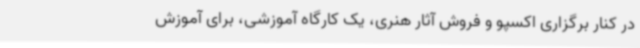
در کنار برگزاری اکسپو و فروش آثار هنری، یک کارگاه آموزشی، برای آموزش